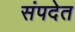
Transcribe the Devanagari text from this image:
संपदेत